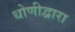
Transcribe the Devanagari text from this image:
धोणीद्वारा